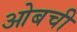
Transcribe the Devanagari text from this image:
ओबची